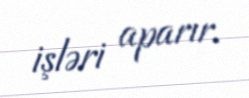
işləri aparır.